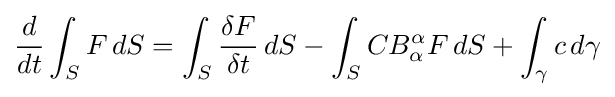
{\frac {d}{dt}}\int _{S}F\,dS=\int _{S}{\frac {\delta F}{\delta t}}\,dS-\int _{S}CB_{\alpha }^{\alpha }F\,dS+\int _{\gamma }c\,d\gamma